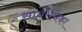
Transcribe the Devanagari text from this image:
सायरेनिका